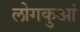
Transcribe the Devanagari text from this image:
लोगकुआं